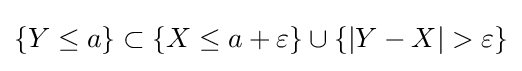
{\begin{aligned}\{Y\leq a\}\subset \{X\leq a+\varepsilon \}\cup \{|Y-X|>\varepsilon \}\end{aligned}}